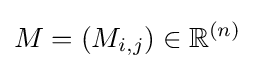
M=(M_{i,j})\in \mathbb {R} ^{(n)}